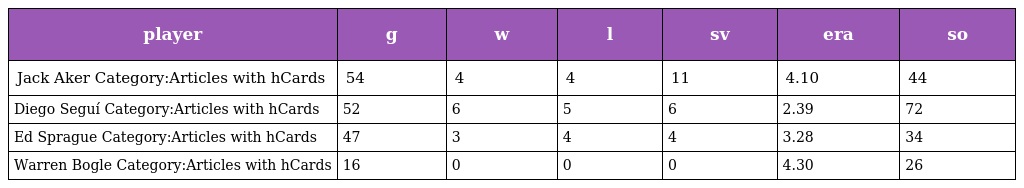
| player | g | w | l | sv | era | so |
 | --- | --- | --- | --- | --- | --- | --- |
 | Jack Aker Category:Articles with hCards | 54 | 4 | 4 | 11 | 4.10 | 44 |
 | Diego Seguí Category:Articles with hCards | 52 | 6 | 5 | 6 | 2.39 | 72 |
 | Ed Sprague Category:Articles with hCards | 47 | 3 | 4 | 4 | 3.28 | 34 |
 | Warren Bogle Category:Articles with hCards | 16 | 0 | 0 | 0 | 4.30 | 26 |